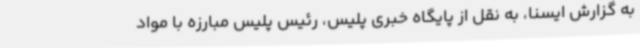
به گزارش ایسنا، به نقل از پایگاه خبری پلیس، رئیس پلیس مبارزه با مواد